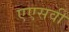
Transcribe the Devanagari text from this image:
एएसवी